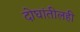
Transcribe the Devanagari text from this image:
दोघांतीलही